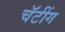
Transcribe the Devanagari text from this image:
चॅटींग